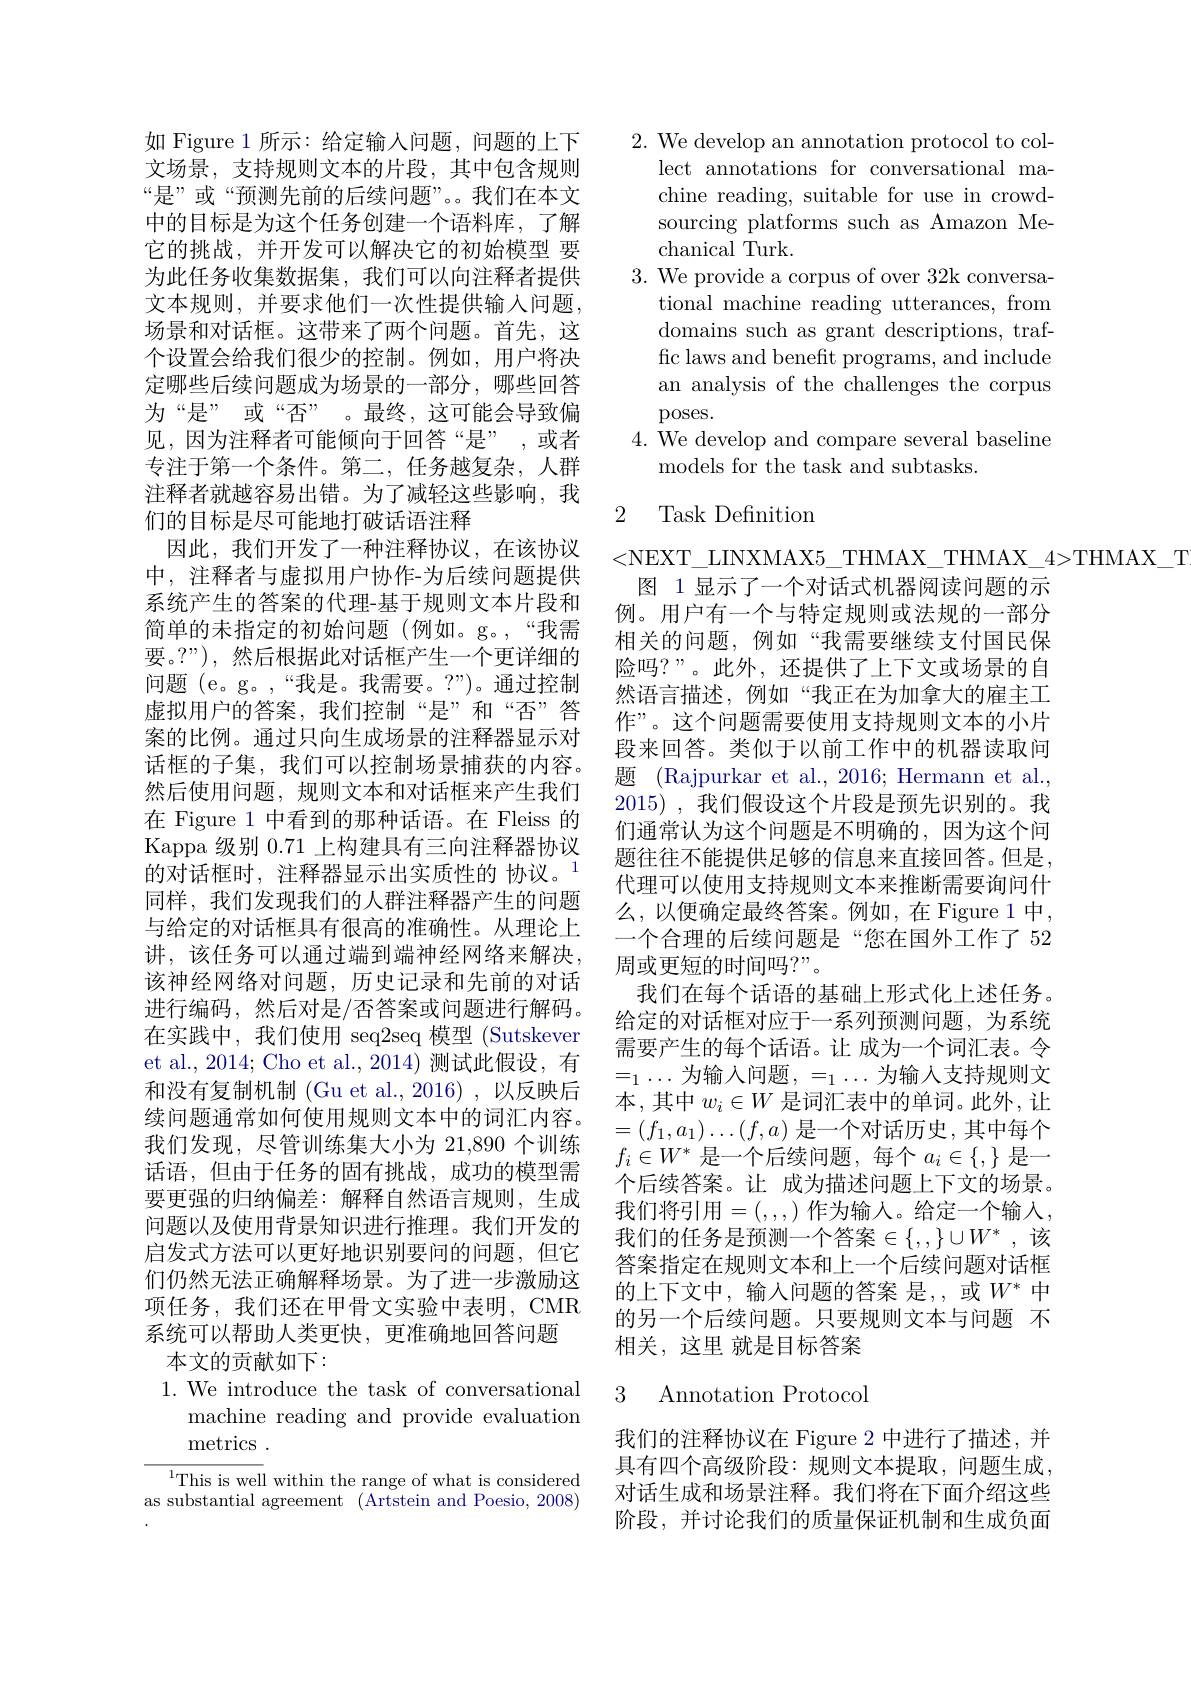
如 Figure 1 所示：给定输入问题，问题的上下文场景，支持规则文本的片段，其中包含规则“是”或“预测先前的后续问题”。。我们在本文中的目标是为这个任务创建一个语料库，了解它的挑战，并开发可以解决它的初始模型 要为此任务收集数据集，我们可以向注释者提供文本规则，并要求他们一次性提供输入问题， 场景和对话框。这带来了两个问题。首先，这个设置会给我们很少的控制。例如，用户将决定哪些后续问题成为场景的一部分，哪些回答为“是”或“否”。最终，这可能会导致偏见，因为注释者可能倾向于回答“是”,或者专注于第一个条件。第二，任务越复杂，人群注释者就越容易出错。为了减轻这些影响，我们的目标是尽可能地打破话语注释
因此，我们开发了一种注释协议，在该协议中，注释者与虚拟用户协作-为后续问题提供系统产生的答案的代理-基于规则文本片段和简单的未指定的初始问题(例如。g。,“我需要。?”),然后根据此对话框产生一个更详细的问题 (e。g。,“我是。我需要。?”)。通过控制虚拟用户的答案，我们控制“是”和“否”答案的比例。通过只向生成场景的注释器显示对话框的子集，我们可以控制场景捕获的内容。然后使用问题，规则文本和对话框来产生我们在 Figure 1 中看到的那种话语。在 Fleiss 的Kappa 级别0.71上构建具有三向注释器协议的对话框时，注释器显示出实质性的 协议。$^{1}$ 同样，我们发现我们的人群注释器产生的问题与给定的对话框具有很高的准确性。从理论上讲，该任务可以通过端到端神经网络来解决， 该神经网络对问题，历史记录和先前的对话进行编码，然后对是/否答案或问题进行解码。在实践中，我们使用 seq2seq 模型 (Sutskever et al., 2014; Cho et al., 2014) 测试此假设，有和没有复制机制 (Gu et al.,2016) ,以反映后续问题通常如何使用规则文本中的词汇内容。我们发现，尽管训练集大小为 21,890 个训练话语，但由于任务的固有挑战，成功的模型需要更强的归纳偏差：解释自然语言规则，生成问题以及使用背景知识进行推理。我们开发的启发式方法可以更好地识别要问的问题，但它们仍然无法正确解释场景。为了进一步激励这项任务，我们还在甲骨文实验中表明，CMR 系统可以帮助人类更快，更准确地回答问题
本文的贡献如下：
$1.{\mathrm{~We~introduce~the~task~of~conversational}}$

machine reading and provide evaluation
metrics .

$^{1}$This is well within the range of what is considered as substantial agreement (Artstein and Poesio, 2008)

2. We develop an annotation protocol to col-
lect annotations for conversational machine reading, suitable for use in crowdsourcing platforms such as Amazon Mechanical Turk.
3. We provide a corpus of over 32k conversa-
tional machine reading utterances, from domains such as grant descriptions, traffic laws and benefit programs, and include an analysis of the challenges the corpus poses.
4. We develop and compare several baseline
models for the task and subtasks.

## 2 Task Definition

<NEXT\_LINXMAX5\_THMAX\_THMAX\_4>THMAX\_T
图 1 显示了一个对话式机器阅读问题的示例。用户有一个与特定规则或法规的一部分相关的问题，例如“我需要继续支付国民保险吗？”。此外，还提供了上下文或场景的自然语言描述，例如“我正在为加拿大的雇主工作”。这个问题需要使用支持规则文本的小片段来回答。类似于以前工作中的机器读取问题 (Rajpurkar et al., 2016; Hermann et al., 2015),我们假设这个片段是预先识别的。我们通常认为这个问题是不明确的，因为这个问题往往不能提供足够的信息来直接回答。但是， 代理可以使用支持规则文本来推断需要询问什么，以便确定最终答案。例如，在 Figure 1 中， 一个合理的后续问题是“您在国外工作了 52周或更短的时间吗？”。
我们在每个话语的基础上形式化上述任务。给定的对话框对应于一系列预测问题，为系统需要产生的每个话语。让 成为一个词汇表。令$=_{1}\cdots$为输入问题$,=_1\ldots$为输入支持规则文本，其中$w_i\in W$是词汇表中的单词。此外，让$=(f_1,a_1)\ldots(f,a)$是一个对话历史，其中每个$f_i\in W^*$是一个后续问题，每个$a_i\in\{,\}$是一个后续答案。让 成为描述问题上下文的场景。我们将引用=(,,,,) 作为输入。给定一个输入， 我们的任务是预测一个答案$\in\{,,\}\cup W^*$ ,该答案指定在规则文本和上一个后续问题对话框的上下文中，输入问题的答案 是，或$W^*$中的另一个后续问题。只要规则文本与问题 不相关，这里 就是目标答案

## 3 Annotation Protocol

我们的注释协议在 Figure 2 中进行了描述，并具有四个高级阶段：规则文本提取，问题生成， 对话生成和场景注释。我们将在下面介绍这些阶段，并讨论我们的质量保证机制和生成负面